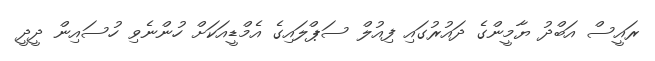
ރައީސް އަބްދު ޔާމީންގެ ދައުރުގައި ފިއުލް ސަޕްލައިގެ އެމްޑީއަކަށް ހުންނެވި ހުސައިން ދީދީ